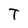
Character: T